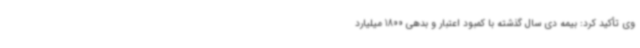
وی تأکید کرد: بیمه دی سال گذشته با کمبود اعتبار و بدهی 1800 میلیارد